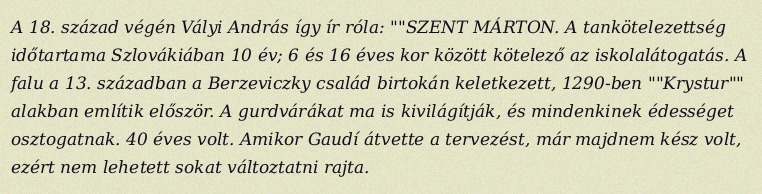
A 18. század végén Vályi András így ír róla: ""SZENT MÁRTON. A tankötelezettség időtartama Szlovákiában 10 év; 6 és 16 éves kor között kötelező az iskolalátogatás. A falu a 13. században a Berzeviczky család birtokán keletkezett, 1290-ben ""Krystur"" alakban említik először. A gurdvárákat ma is kivilágítják, és mindenkinek édességet osztogatnak. 40 éves volt. Amikor Gaudí átvette a tervezést, már majdnem kész volt, ezért nem lehetett sokat változtatni rajta.